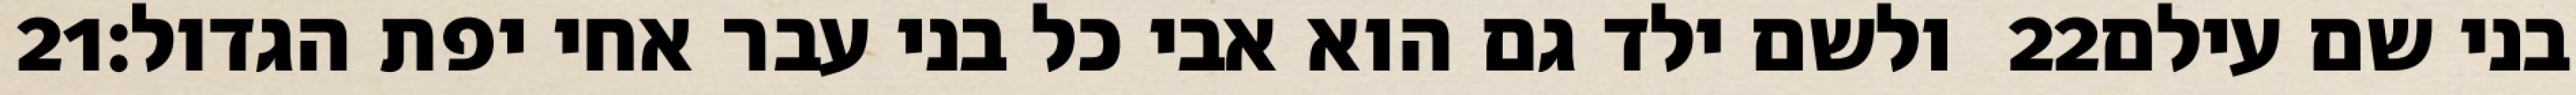
‎21‏ ולשם ילד גם הוא אבי כל בני עבר אחי יפת הגדול׃ ‎22‏ בני שם עילם